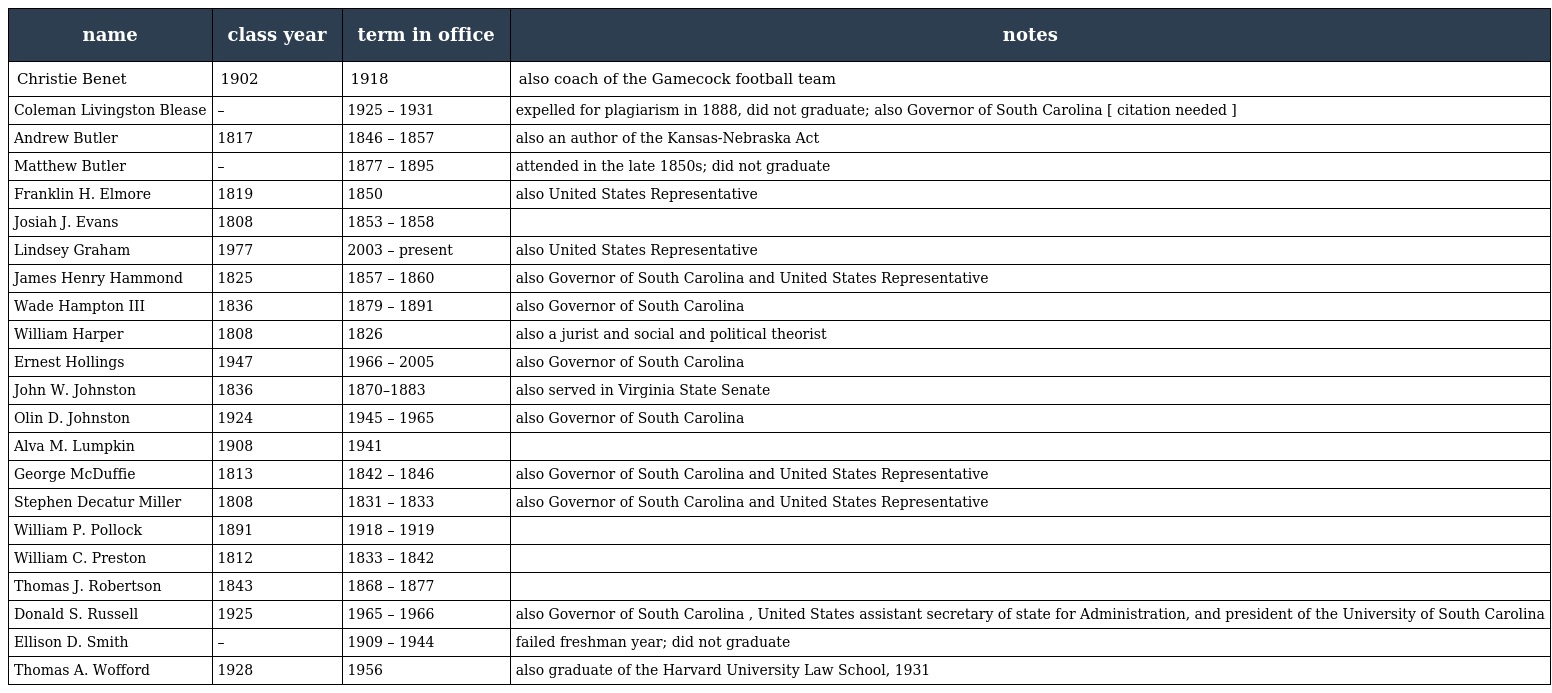
| name | class year | term in office | notes |
 | --- | --- | --- | --- |
 | Christie Benet | 1902 | 1918 | also coach of the Gamecock football team |
 | Coleman Livingston Blease | – | 1925 – 1931 | expelled for plagiarism in 1888, did not graduate; also Governor of South Carolina [ citation needed ] |
 | Andrew Butler | 1817 | 1846 – 1857 | also an author of the Kansas-Nebraska Act |
 | Matthew Butler | – | 1877 – 1895 | attended in the late 1850s; did not graduate |
 | Franklin H. Elmore | 1819 | 1850 | also United States Representative |
 | Josiah J. Evans | 1808 | 1853 – 1858 |  |
 | Lindsey Graham | 1977 | 2003 – present | also United States Representative |
 | James Henry Hammond | 1825 | 1857 – 1860 | also Governor of South Carolina and United States Representative |
 | Wade Hampton III | 1836 | 1879 – 1891 | also Governor of South Carolina |
 | William Harper | 1808 | 1826 | also a jurist and social and political theorist |
 | Ernest Hollings | 1947 | 1966 – 2005 | also Governor of South Carolina |
 | John W. Johnston | 1836 | 1870–1883 | also served in Virginia State Senate |
 | Olin D. Johnston | 1924 | 1945 – 1965 | also Governor of South Carolina |
 | Alva M. Lumpkin | 1908 | 1941 |  |
 | George McDuffie | 1813 | 1842 – 1846 | also Governor of South Carolina and United States Representative |
 | Stephen Decatur Miller | 1808 | 1831 – 1833 | also Governor of South Carolina and United States Representative |
 | William P. Pollock | 1891 | 1918 – 1919 |  |
 | William C. Preston | 1812 | 1833 – 1842 |  |
 | Thomas J. Robertson | 1843 | 1868 – 1877 |  |
 | Donald S. Russell | 1925 | 1965 – 1966 | also Governor of South Carolina , United States assistant secretary of state for Administration, and president of the University of South Carolina |
 | Ellison D. Smith | – | 1909 – 1944 | failed freshman year; did not graduate |
 | Thomas A. Wofford | 1928 | 1956 | also graduate of the Harvard University Law School, 1931 |